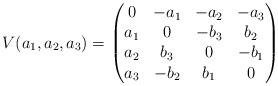
LaTeX: \begin{align*}V(a_1,a_2,a_3)=\begin{pmatrix} 0 & -a_1 & -a_2 & -a_3 \\ a_1 & 0 & -b_3 & b_2 \\ a_2 & b_3 & 0 & -b_1 \\ a_3 & -b_2 & b_1 & 0\end{pmatrix}\end{align*}